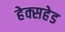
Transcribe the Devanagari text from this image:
हेक्सहेड